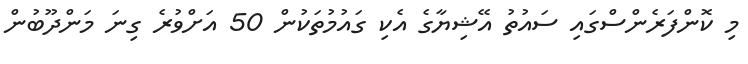
މި ކޮންފަރެންސްގައި ސައުތު އޭޝިޔާގެ އެކި ގައުމުތަކުން 50 އަށްވުރެ ގިނަ މަންދޫބުން